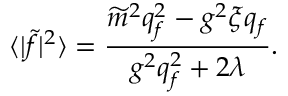
\langle | \widetilde { f } | ^ { 2 } \rangle = \frac { \widetilde { m } ^ { 2 } q _ { f } ^ { 2 } - g ^ { 2 } \xi q _ { f } } { g ^ { 2 } q _ { f } ^ { 2 } + 2 \lambda } .